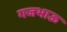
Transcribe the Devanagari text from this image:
गजभाऊ